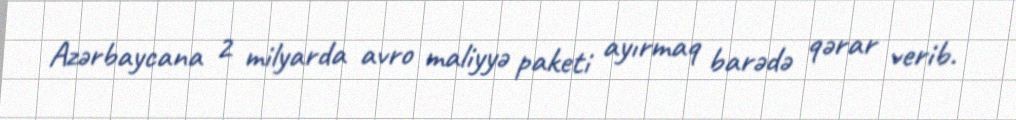
Azərbaycana 2 milyarda avro maliyyə paketi ayırmaq barədə qərar verib.